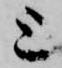
上